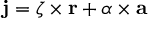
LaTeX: \mathbf { j } = { \boldsymbol { \zeta } } \times \mathbf { r } + { \boldsymbol { \alpha } } \times \mathbf { a }